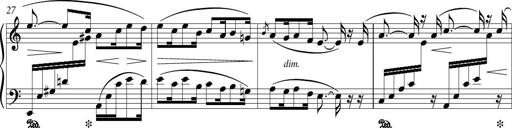
Title: Piano Sonatina in G major
Composer: Johan Peter Emilius Hartmann
Key: G major